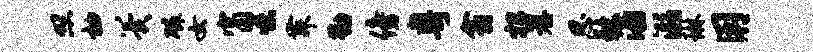
照袖翼磷女窗味舞勤傍粤翕招荐思歉酒溺琳用